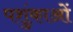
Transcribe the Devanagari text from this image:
पशुंकाओं